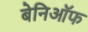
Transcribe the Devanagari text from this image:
बेनिऑफ